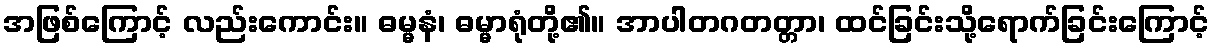
အဖြစ်ကြောင့် လည်းကောင်း။ ဓမ္မနံ၊ ဓမ္မာရုံတို့၏။ အာပါတဂတတ္တာ၊ ထင်ခြင်းသို့ရောက်ခြင်းကြောင့်